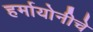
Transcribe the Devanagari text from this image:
हर्मायोनीचे